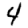
Digit: 4